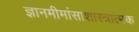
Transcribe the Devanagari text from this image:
ज्ञानमीमांसाशास्त्रात्मक